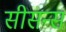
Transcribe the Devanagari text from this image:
सीसन्स